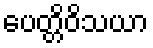
ပေတ္တိဝိသယာ